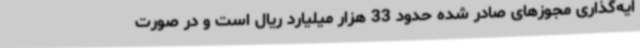
ایه‌گذاری مجوزهای صادر شده حدود 33 هزار میلیارد ریال است و در صورت